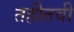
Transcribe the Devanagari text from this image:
तहीतवी